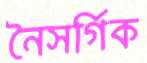
নৈসর্গিক